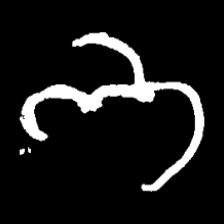
Pyu character \u2014 Myanmar letter: ဘ (romanized: bha)